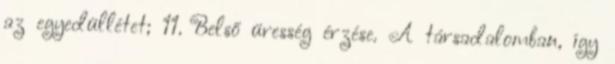
az egyedüllétet; 11. Belső üresség érzése. A társadalomban, így